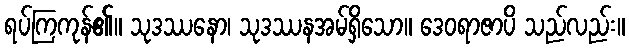
ရပ်ကြကုန်၏။ သုဒဿနော၊ သုဒဿနအမ်ရှိသော။ ဒေဝရာဇာပိ သည်လည်း။